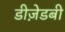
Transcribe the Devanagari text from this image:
डीज़ेडबी